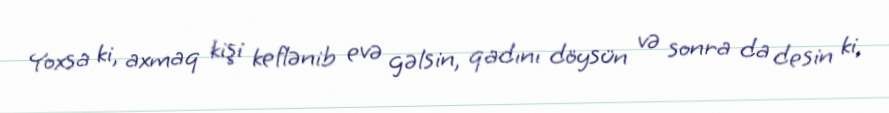
Yoxsa ki, axmaq kişi keflənib evə gəlsin, qadını döysün və sonra da desin ki,